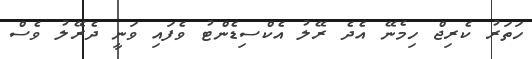
ހަތަރު ކެރިޖް ހިމެނޭ އެދެ ރޭލު އެކްސިޑެންޓު ވެފައި ވަނީ ދެރޭލު ވެސް